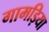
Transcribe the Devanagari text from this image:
गामड़िया